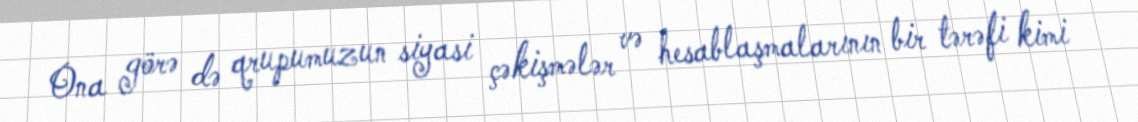
Ona görə də qrupumuzun siyasi çəkişmələr və hesablaşmalarının bir tərəfi kimi